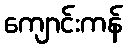
ကျောင်းကန်